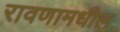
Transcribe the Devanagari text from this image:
रावणामधील